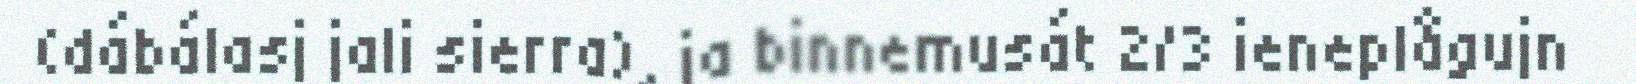
(dábálasj jali sierra), ja binnemusát 2/3 ieneplågujn